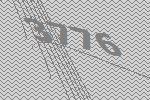
3776